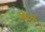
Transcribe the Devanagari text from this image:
हिसो